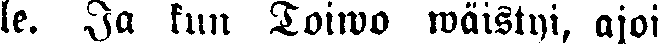
le. Ja kun Toiwo wäistyi, ajoi